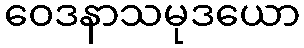
ဝေဒနာသမုဒယော